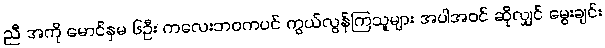
ညီ အကို မောင်နှမ ၆ဦး ကလေးဘဝကပင် ကွယ်လွန်ကြသူများ အပါအဝင် ဆိုလျှင် မွေးချင်း